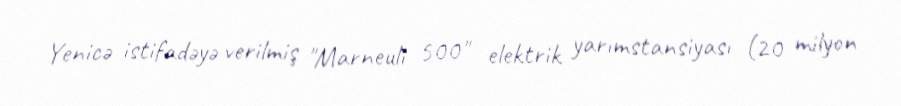
Yenicə istifadəyə verilmiş "Marneuli 500" elektrik yarımstansiyası (20 milyon